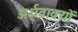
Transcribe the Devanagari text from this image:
अर्धवाक्यों